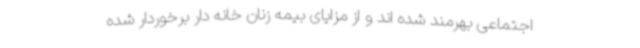
اجتماعی بهرمند شده اند و از مزایای بیمه زنان خانه دار برخوردار شده